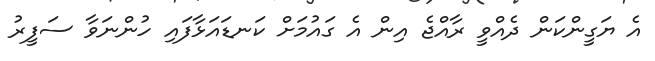
އެ ޔަގީންކަން ދެއްވީ ރާއްޖެ އިން އެ ގައުމަށް ކަނޑައަޅާފައި ހުންނަވާ ސަފީރު